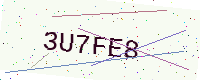
Text: 3U7FE8